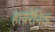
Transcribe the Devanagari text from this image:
हायरेनिक